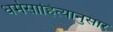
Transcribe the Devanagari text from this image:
धर्मसाहित्यानुसार